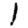
Digit: 1